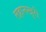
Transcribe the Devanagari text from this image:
लहानखुरी